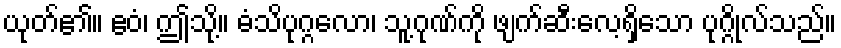
ယုတ်၏။ ဧဝံ၊ ဤသို့။ ဓံသိပုဂ္ဂလော၊ သူ့ဂုဏ်ကို ဖျက်ဆီးလေ့ရှိသော ပုဂ္ဂိုလ်သည်။